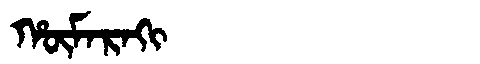
Manchu: ᡥᡡᠮᠠᡵᠠᡴᡳ
Romanization: HŪMARAKI